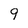
Character: 9